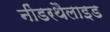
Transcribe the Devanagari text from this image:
नींडरथैलाइड